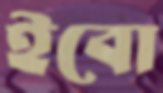
ইবো